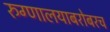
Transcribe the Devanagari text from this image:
रुग्णालयाबरोबरच